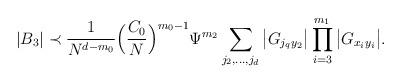
LaTeX: \begin{align*}|B_3| \prec \frac{1}{N^{d-m_0}} \Big( \frac{C_0}{N}\Big)^{m_0-1} \Psi^{m_2} \sum_{j_2,\ldots, j_d} \big|G_{j_q y_2}\big|\prod_{i=3}^{m_1} \big|G_{x_i y_i}\big|.\end{align*}